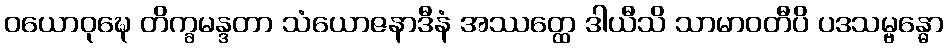
ဝယောဝုဍ္ဎေ တိက္ခမန္ဒတာ သံယောဇနာဒီနံ အဿတ္ထေ ဒါယီသိ သာမာဝတီပိ ပဒသမ္ဗန္ဓော